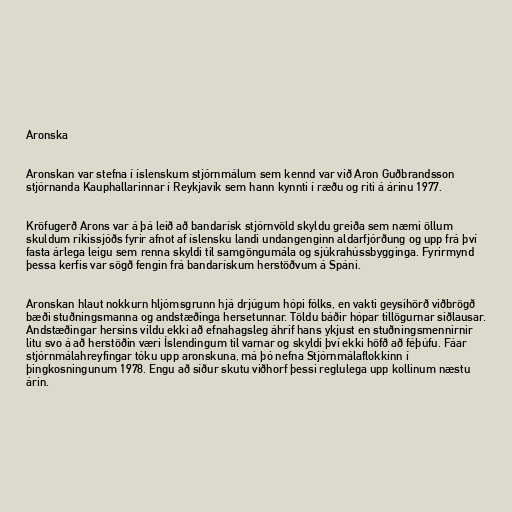
Aronska

Aronskan var stefna í íslenskum stjórnmálum sem kennd var við Aron Guðbrandsson
stjórnanda Kauphallarinnar í Reykjavík sem hann kynnti í ræðu og riti á árinu 1977.

Kröfugerð Arons var á þá leið að bandarísk stjórnvöld skyldu greiða sem næmi öllum
skuldum ríkissjóðs fyrir afnot af íslensku landi undangenginn aldarfjórðung og upp frá því
fasta árlega leigu sem renna skyldi til samgöngumála og sjúkrahússbygginga. Fyrirmynd
þessa kerfis var sögð fengin frá bandarískum herstöðvum á Spáni.

Aronskan hlaut nokkurn hljómsgrunn hjá drjúgum hópi fólks, en vakti geysihörð viðbrögð
bæði stuðningsmanna og andstæðinga hersetunnar. Töldu báðir hópar tillögurnar siðlausar.
Andstæðingar hersins vildu ekki að efnahagsleg áhrif hans ykjust en stuðningsmennirnir
litu svo á að herstöðin væri Íslendingum til varnar og skyldi því ekki höfð að féþúfu. Fáar
stjórnmálahreyfingar tóku upp aronskuna, má þó nefna Stjórnmálaflokkinn í
þingkosningunum 1978. Engu að síður skutu viðhorf þessi reglulega upp kollinum næstu
árin.